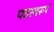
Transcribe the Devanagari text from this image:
पदस्वरूपं